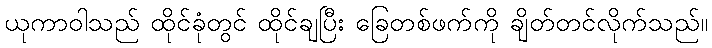
ယုကာဝါသည် ထိုင်ခုံတွင် ထိုင်ချပြီး ခြေတစ်ဖက်ကို ချိတ်တင်လိုက်သည်။